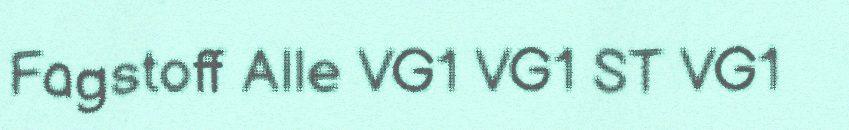
Fagstoff Alle VG1 VG1 ST VG1